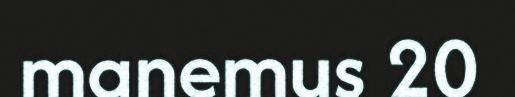
manemus 20